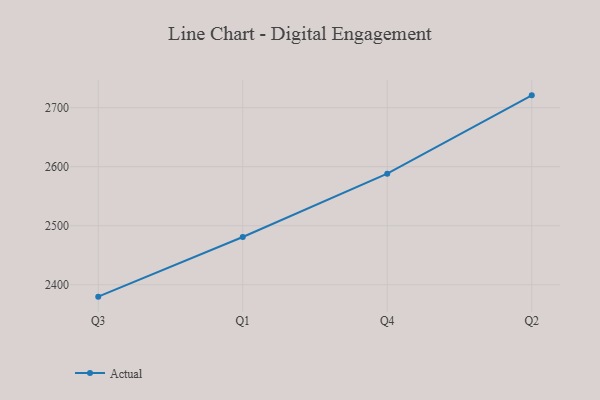
{"axis": {"x": "Quarter", "y": "Latency (ms)"}, "legend": ["Actual"], "data": [{"x": "Q3", "y": 2379.9, "type": "Actual"}, {"x": "Q1", "y": 2480.9, "type": "Actual"}, {"x": "Q4", "y": 2588.3, "type": "Actual"}, {"x": "Q2", "y": 2720.9, "type": "Actual"}]}